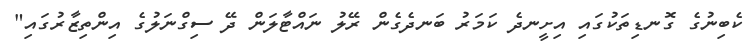
ކެބިނުގެ ގޮނޑިތަކުގައި އިށީނދެ ކަމަރު ބަނދެގެން ރޭލު ނައްޓާލަން ދޭ ސިގްނަލުގެ އިންތިޒާރުގައި"